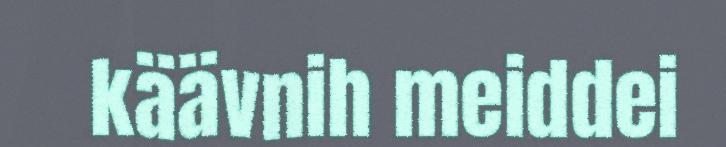
käävnih meiddei